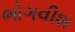
ભોગવીશ